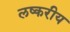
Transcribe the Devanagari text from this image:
लष्करीय